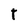
Character: t